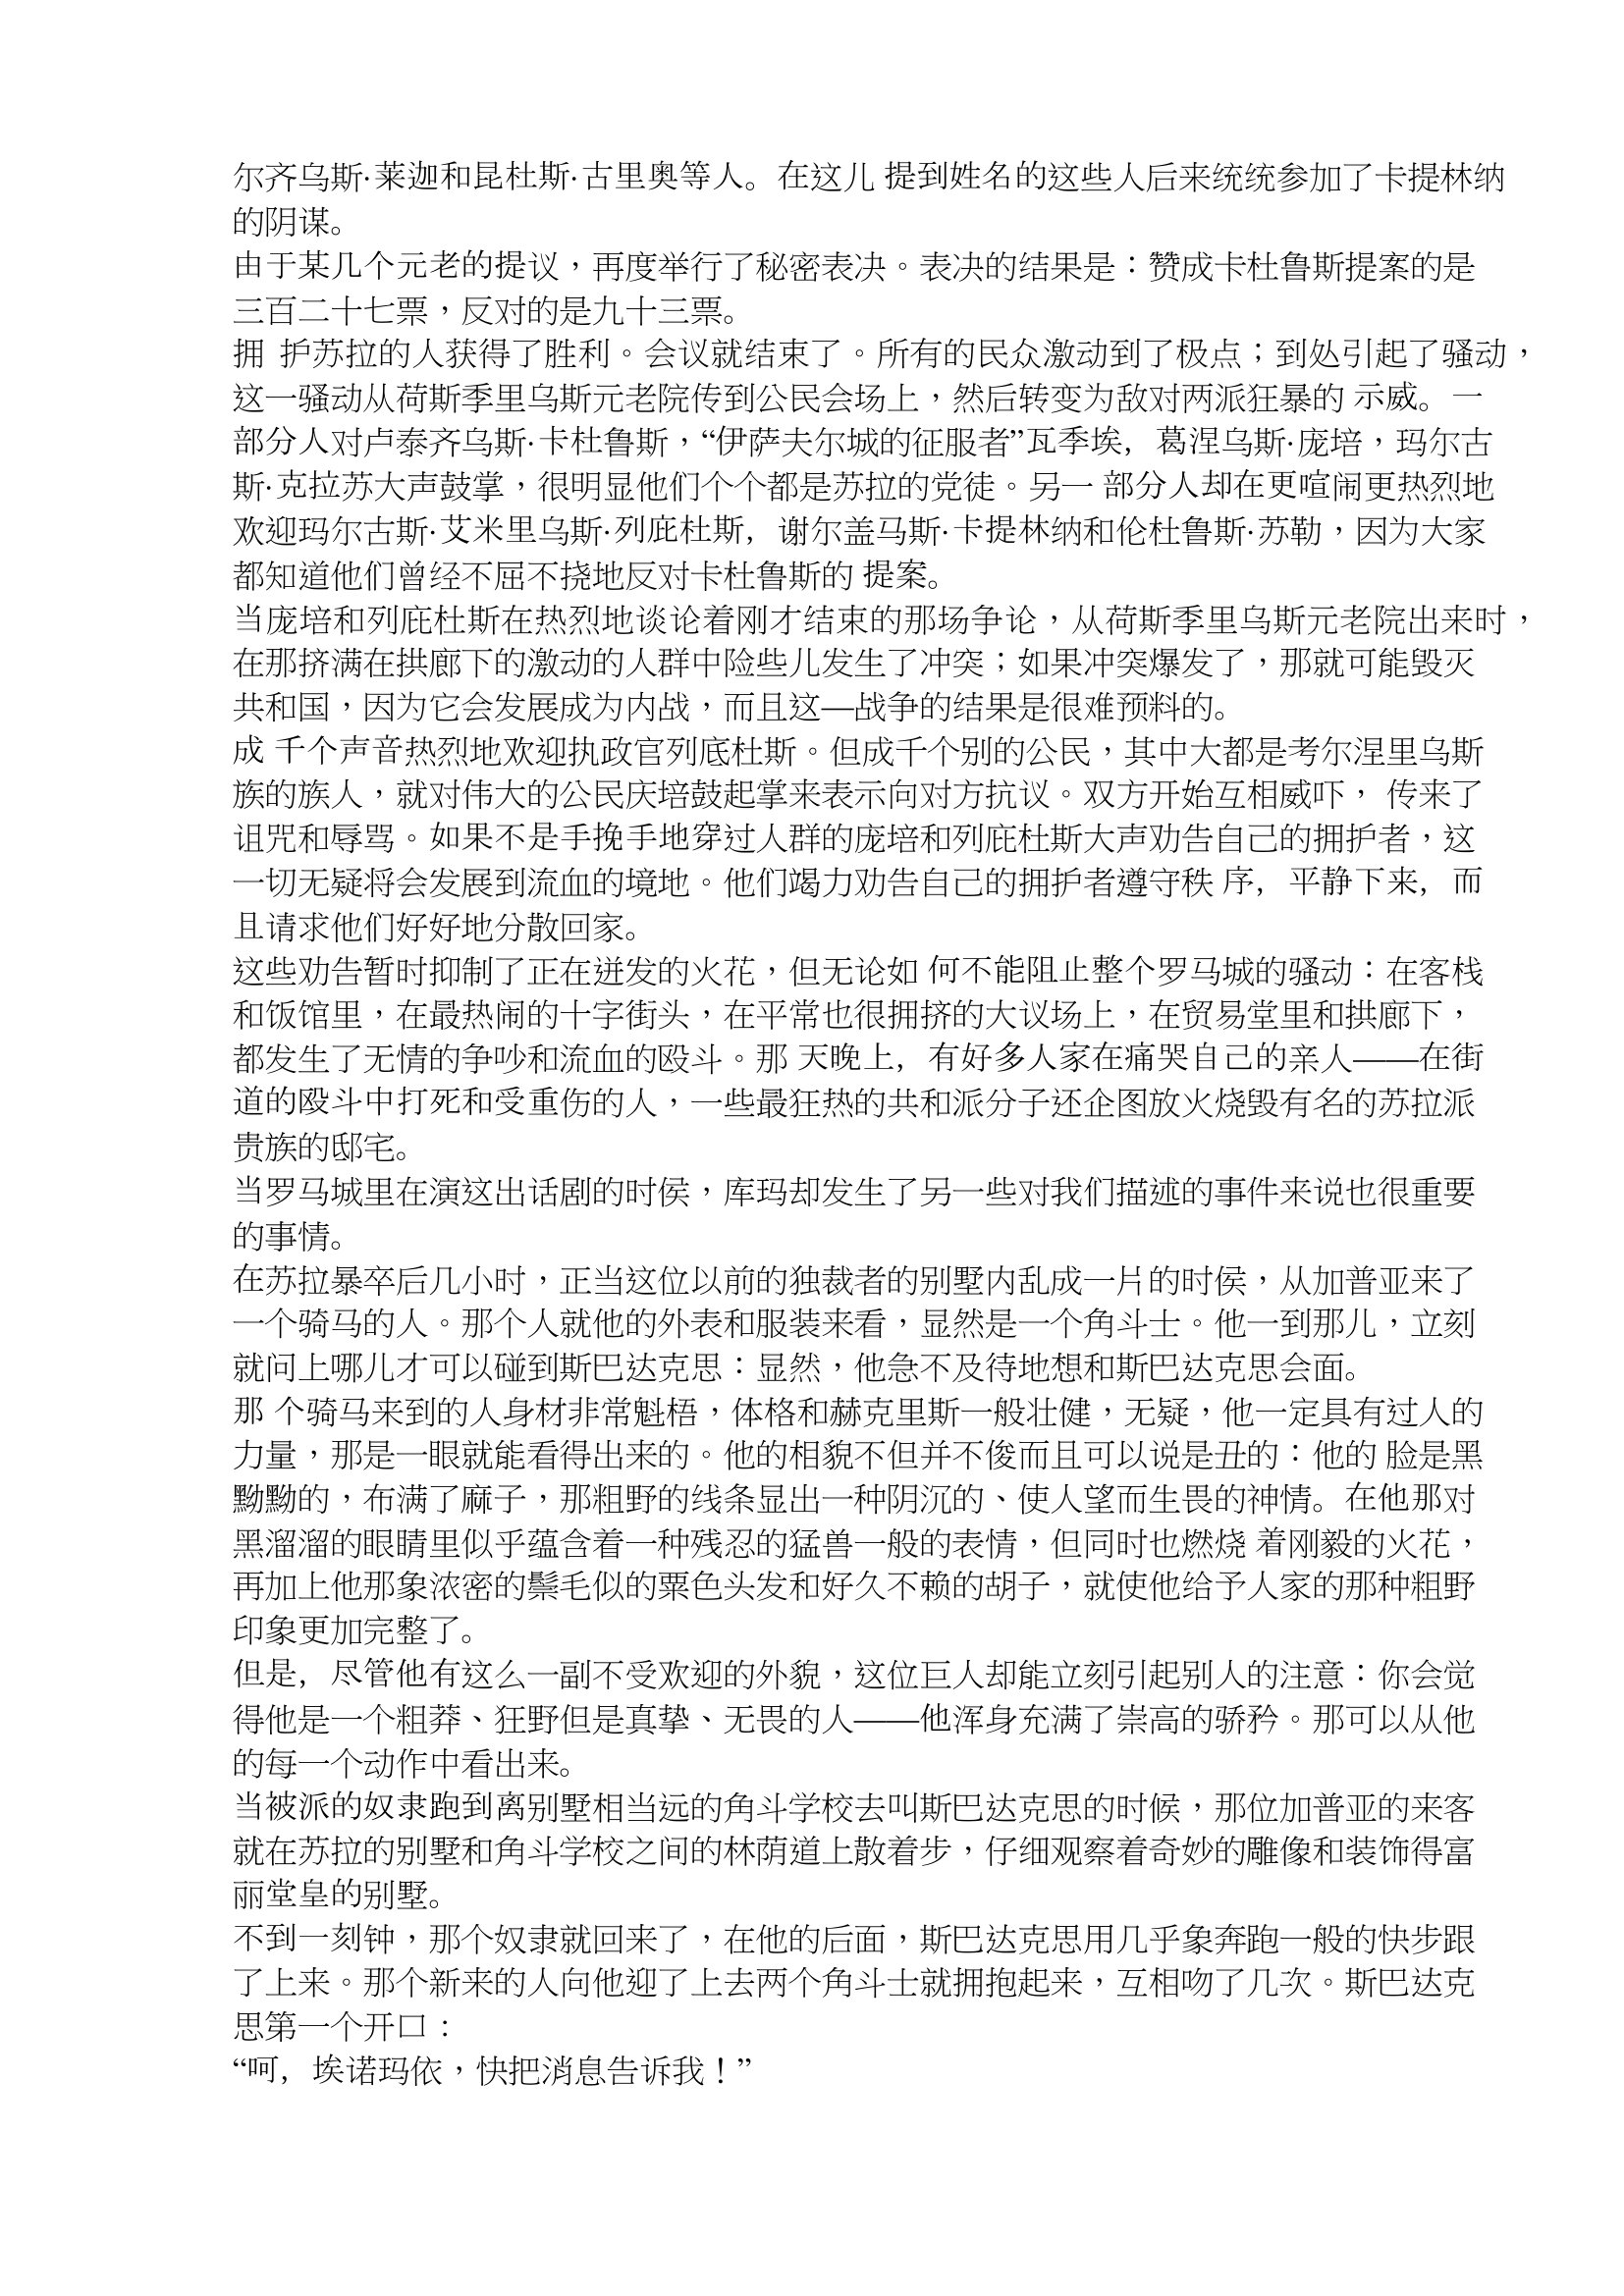
Language: zh